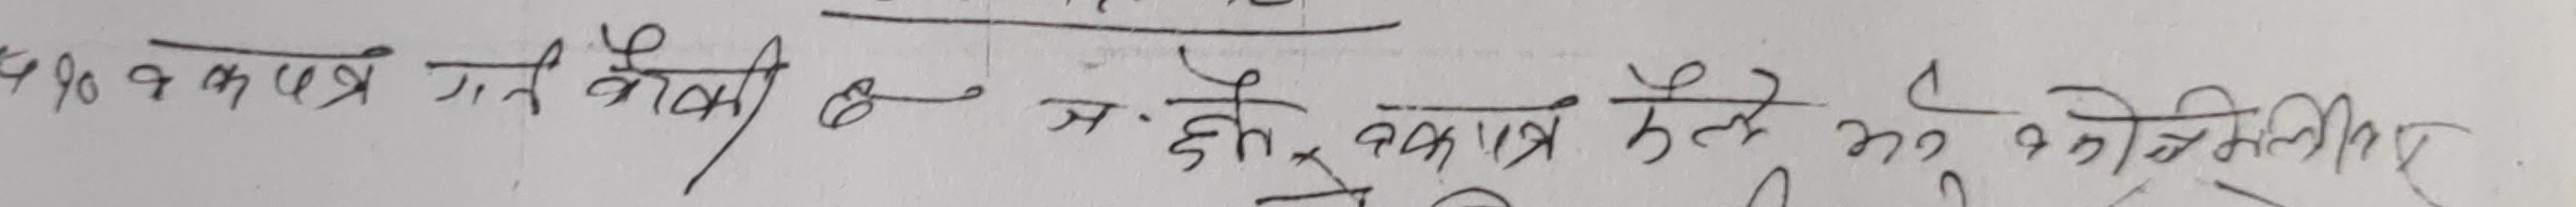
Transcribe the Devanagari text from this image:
१९० बका पत्र गत कोसी मे स छ बकापत्र कसै मा कसो यमिली गर